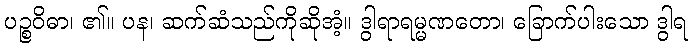
ပဉ္စဝိဓာ၊ ၏။ ပန၊ ဆက်ဆံသည်ကိုဆိုအံ့။ ဒွါရာရမ္မဏတော၊ ခြောက်ပါးသော ဒွါရ